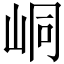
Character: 峒